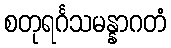
စတုရင်္ဂသမန္နာဂတံ